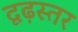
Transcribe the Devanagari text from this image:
दृढ़स्तर